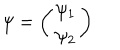
LaTeX: \psi = \left( \begin{array} { c } { { \psi _ { 1 } } } \\ { { \psi _ { 2 } } } \\ \end{array} \right)